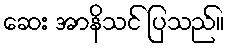
ဆေး အာနိသင် ပြသည်။